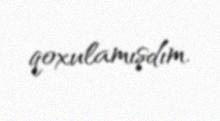
qoxulamışdım.